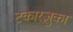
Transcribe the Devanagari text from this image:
टकारज़ुका